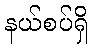
နယ်စပ်ရှိ